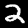
Digit: 2